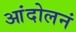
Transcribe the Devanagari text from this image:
आंदोलनं